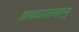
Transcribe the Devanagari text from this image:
प्रकाशमान्